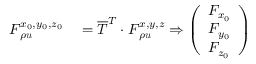
\begin{array} { r l } { \boldsymbol { F } _ { \rho \boldsymbol { u } } ^ { x _ { 0 } , y _ { 0 } , z _ { 0 } } } & { { } = \overline { { \boldsymbol { T } } } ^ { T } \cdot \boldsymbol { F } _ { \rho \boldsymbol { u } } ^ { x , y , z } \Rightarrow \left( \begin{array} { l } { F _ { x _ { 0 } } } \\ { F _ { y _ { 0 } } } \\ { F _ { z _ { 0 } } } \end{array} \right) } \end{array}